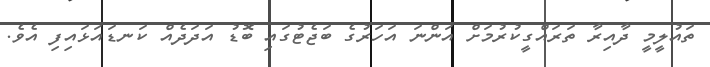
ތައުލީމީ ދާއިރާ ތަރައްގީކުރުމަށް އަންނަ އަހަރުގެ ބަޖެޓުގައި ބޮޑު އަދަދެއް ކަނޑައަޅައިފި އެވެ.